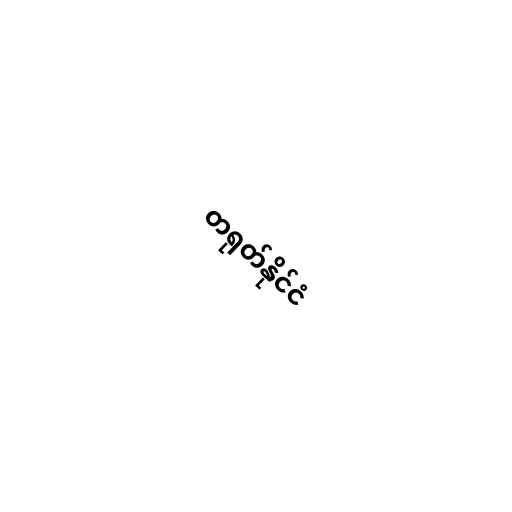
တရုတ်နိုင်ငံ